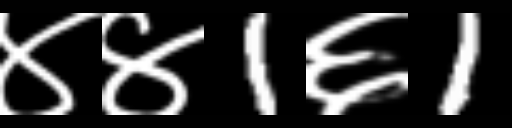
Text: ४४1६1